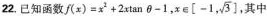
22.已知函数 $$f ( x ) = x ^ { 2 } + 2 x \tan θ - 1$$ ，x ∈[ -1, \sqrt{3}] ，其中